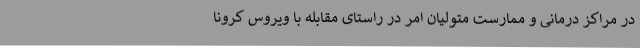
در مراکز درمانی و ممارست متولیان امر در راستای مقابله با ویروس کرونا